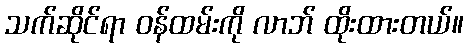
သက်ဆိုင်ရာ ဝန်ထမ်းကို လာဘ် ထိုးထားတယ်။